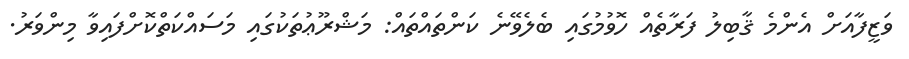
ވަޒީފާއަށް އެންމެ ޤާބިލު ފަރާތެއް ހޮވުމުގައި ބެލެވޭނެ ކަންތައްތައް: މަޝްރޫޢުތަކުގައި މަސައްކަތްކޮށްފައިވާ މިންވަރު.